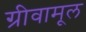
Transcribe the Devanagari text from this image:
ग्रीवामूल